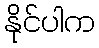
နိုင်ပါက